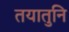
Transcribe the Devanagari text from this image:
तयातुनि